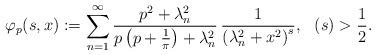
LaTeX: \begin{align*}\varphi_{p}(s,x):=\sum_{n=1}^{\infty}\frac{p^{2}+\lambda_{n}^{2}}{p\left(p+\frac{1}{\pi}\right)+\lambda_{n}^{2}}\,\frac{1}{\left(\lambda_{n}^{2}+x^{2}\right)^{s}},\,\,\,\,(s)>\frac{1}{2}.\end{align*}